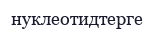
нуклеотидтерге